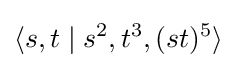
\langle s,t\mid s^{2},t^{3},(st)^{5}\rangle